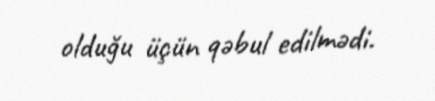
olduğu üçün qəbul edilmədi.